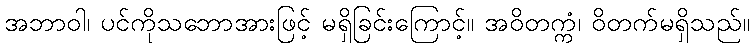
အဘာဝါ၊ ပင်ကိုသဘောအားဖြင့် မရှိခြင်းကြောင့်။ အဝိတက္ကံ၊ ဝိတက်မရှိသည်။